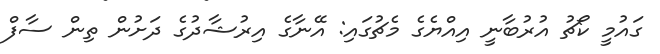
ގައުމީ ކޯޗު އުރުބާނީ އިއްޔެގެ މެޗުގައި: އޭނާގެ އިރުޝާދުގެ ދަށުން ތިން ސާފް